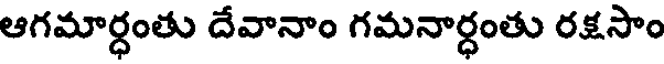
ఆగమార్ధంతు దేవానాం గమనార్ధంతు రక్షసాం